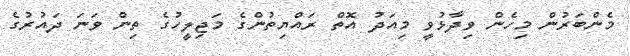
މެންބަރުން މިހެން ވިދާޅުވީ މިއަދު އޮތް ރައްޔިތުންގެ މަޖިލީހުގެ ތިން ވަނަ ދައުރުގެ